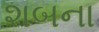
શબના